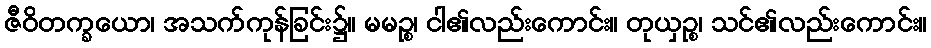
ဇီဝိတက္ခယော၊ အသက်ကုန်ခြင်း၌။ မမဉ္စ၊ ငါ၏လည်းကောင်း။ တုယှဉ္စ၊ သင်၏လည်းကောင်း။